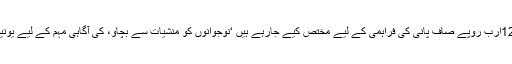
احسن اقبال نے کہاکہ ساڑھے 12ارب روپے صاف پانی کی فراہمی کے لیے مختص کیے جارہے ہیں ‘نوجوانوں کو منشیات سے بچاو،ْ کی آگاہی مہم کے لیے یونیورسٹیوں فنڈز فراہم کریں گے ۔